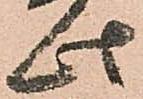
此